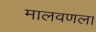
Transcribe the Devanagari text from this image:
मालवणला